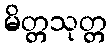
မိတ္တသုတ္တ